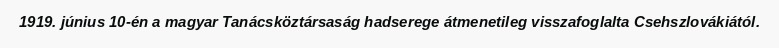
1919. június 10-én a magyar Tanácsköztársaság hadserege átmenetileg visszafoglalta Csehszlovákiától.